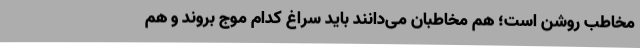
مخاطب روشن است؛ هم مخاطبان می‌دانند باید سراغ کدام موج بروند و هم